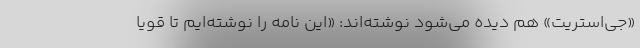
«جی‌استریت‌» هم دیده می‌شود نوشته‌اند: «این نامه را نوشته‌ایم تا قویاً